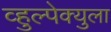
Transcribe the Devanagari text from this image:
व्हुल्पेक्युला